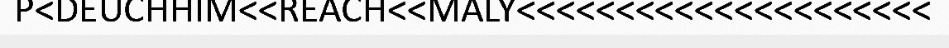
P<DEUCHHIM<<REACH<<MALY<<<<<<<<<<<<<<<<<<<<<